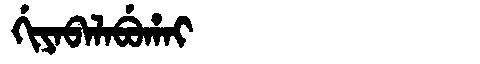
Manchu: ᡤᡳᠶᠠᠪᠠᠯᠠᠪᡠᡥᠠᡳ
Romanization: GIYABALABUHAI